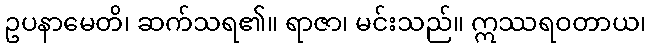
ဥပနာမေတိ၊ ဆက်သရ၏။ ရာဇာ၊ မင်းသည်။ ဣဿရဝတာယ၊